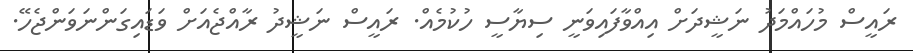
ރައީސް މުހައްމަދު ނަޝީދަށް އިއްވާފައިވަނީ ސިޔާސީ ހުކުމެއް. ރައީސް ނަޝީދު ރާއްޖެއަށް ވަޑައިގަންނަވަންޖެހޭ.